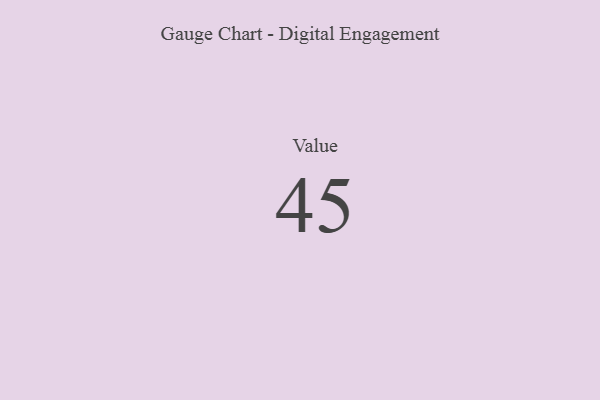
{"axis": {"x": "Metric", "y": "Value"}, "legend": [""], "data": [{"x": "Value", "y": 45, "type": ""}]}